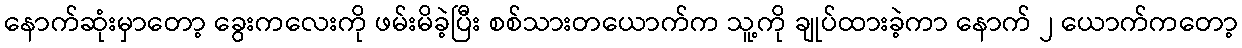
နောက်ဆုံးမှာတော့ ခွေးကလေးကို ဖမ်းမိခဲ့ပြီး စစ်သားတယောက်က သူ့ကို ချုပ်ထားခဲ့ကာ နောက် ၂ ယောက်ကတော့